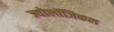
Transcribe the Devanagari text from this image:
ज्योलॉजिकल